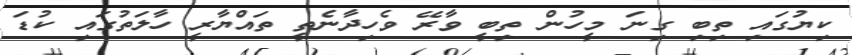
ކިޔުގައި ތިބި ގިނަ މީހުން ތިބީ ވާރޭ ވެހިދާނެތީ ތައްޔާރީ ހާލަތުގައި ކުޑަ